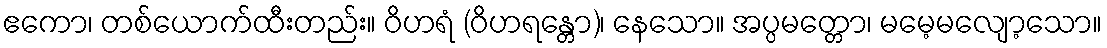
ဧကော၊ တစ်ယောက်ထီးတည်း။ ဝိဟရံ (ဝိဟရန္တော)၊ နေသော။ အပ္ပမတ္တော၊ မမေ့မလျော့သော။